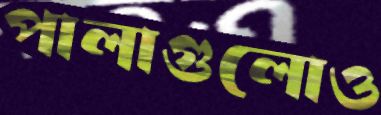
পালাগুলোও